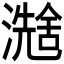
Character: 𪷮